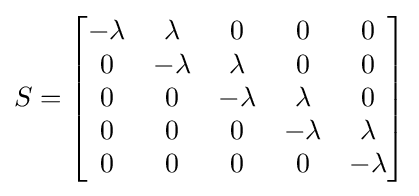
{S}=\left[{\begin{matrix}-\lambda &\lambda &0&0&0\\0&-\lambda &\lambda &0&0\\0&0&-\lambda &\lambda &0\\0&0&0&-\lambda &\lambda \\0&0&0&0&-\lambda \\\end{matrix}}\right]